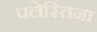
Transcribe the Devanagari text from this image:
पलेस्तिना